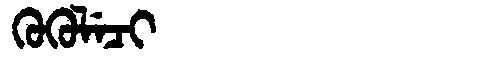
Manchu: ᡴᡠᡴᡠᠯᡝᠴᡳ
Romanization: KUKULECI